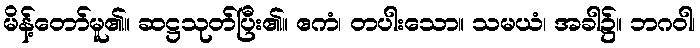
မိန့်တော်မူ၏။ ဆဋ္ဌသုတ်ပြီး၏။ ဧကံ၊ တပါးသော။ သမယံ၊ အခါ၌။ ဘဂဝါ၊